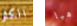
الكثر هيا